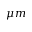
\mu m